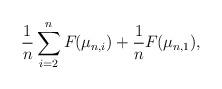
LaTeX: \begin{align*}\frac{1}{n}\sum_{i = 2}^n F_{}(\mu_{n,i}) + \frac{1}{n} F_{}(\mu_{n,1}),\end{align*}